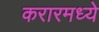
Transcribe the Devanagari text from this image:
करारमध्ये